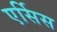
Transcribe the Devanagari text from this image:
एर्सिस